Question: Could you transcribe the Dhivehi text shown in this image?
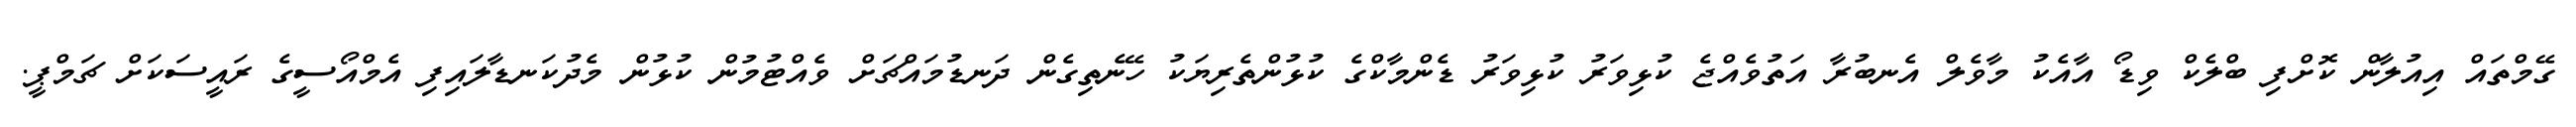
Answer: ގޭމްތައް އިއުލާން ކޮށްފި ބްލެކް ވިޑޯ އާއެކު މާވެލް އެނބުރާ އަތުވެއްޖެ ކުޅިވަރު ކުޅިވަރު ޑެންމާކްގެ ކުޅުންތެރިޔަކު ހޭނެތިގެން ދަނޑުމައްޗަށް ވެއްޓުމުން ކުޅުން މެދުކަނޑާލައިފި އެމްއޯސީގެ ރައީސަކަށް ޗަމްޕީ.